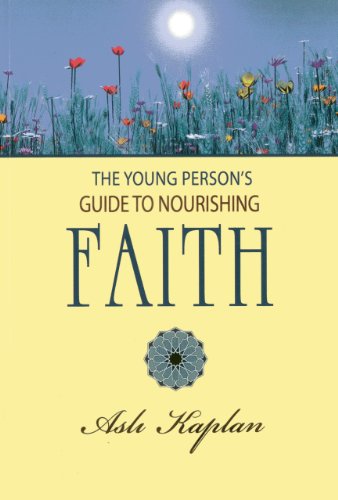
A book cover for The Young Person's Guide to Nourishing Faith; Asli Kaplan; Teen & Young Adult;